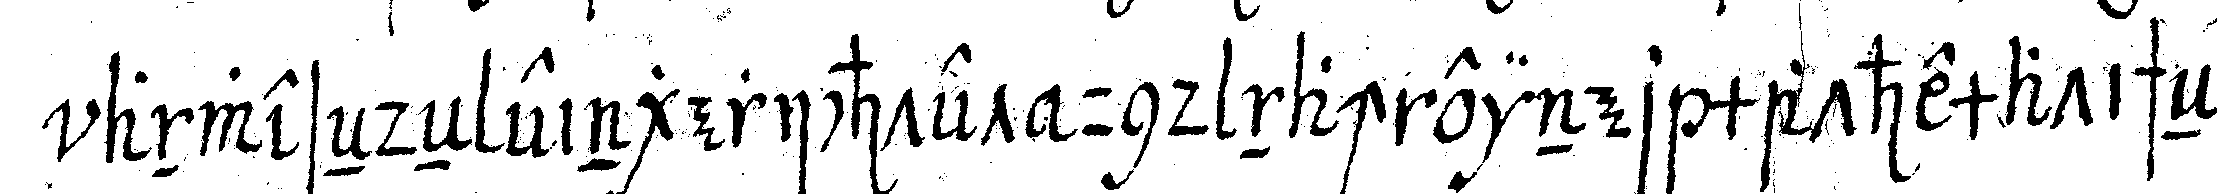
anweseNdeN eingerichtet und nach einer mathematischeN